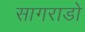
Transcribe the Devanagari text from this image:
सागराडो